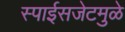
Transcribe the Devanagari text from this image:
स्पाईसजेटमुळे